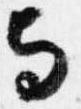
与